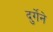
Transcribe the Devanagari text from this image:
दुर्गेने